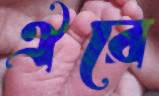
ঐরে